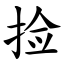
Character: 捡